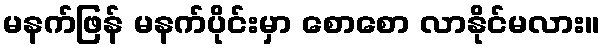
မနက်ဖြန် မနက်ပိုင်းမှာ စောစော လာနိုင်မလား။